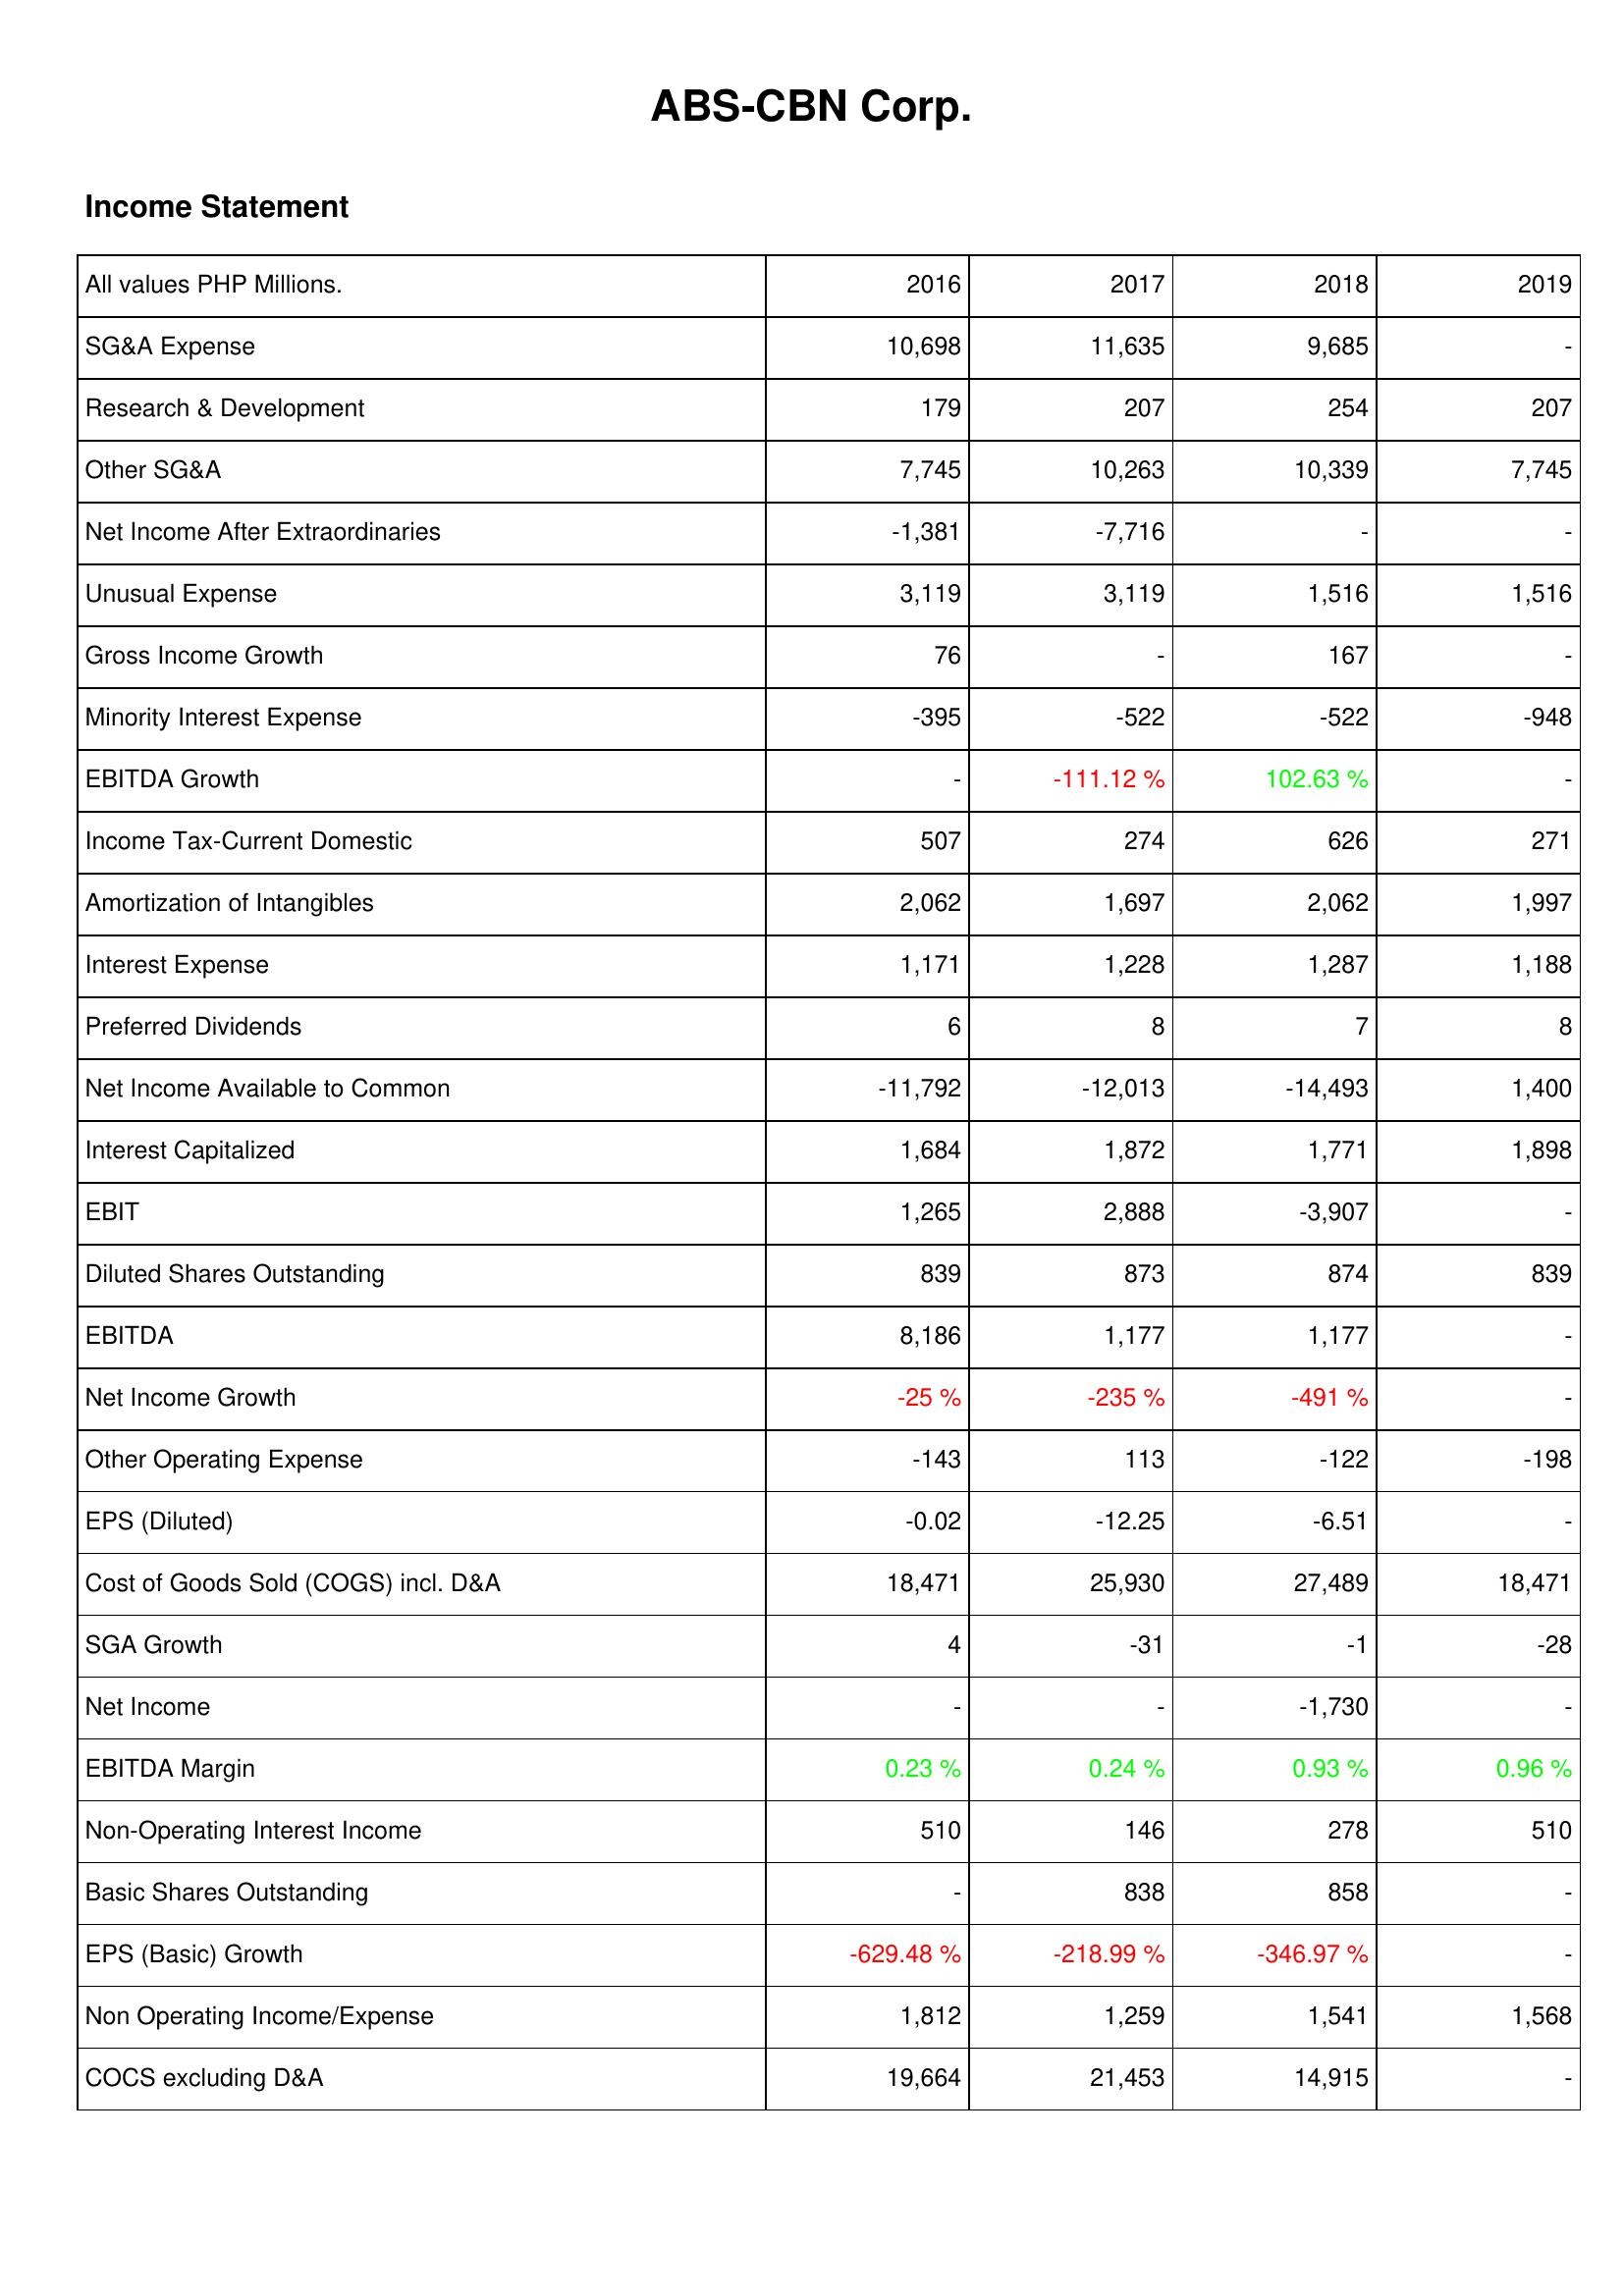
2016: Income Statement: SG&A Expense: 10,698
Research & Development: 179
Other SG&A: 7,745
Net Income After Extraordinaries: -1,381
Unusual Expense: 3,119
Gross Income Growth: 76
Minority Interest Expense: -395
EBITDA Growth: -
Income Tax-Current Domestic: 507
Amortization of Intangibles: 2,062
Interest Expense: 1,171
Preferred Dividends: 6
Net Income Available to Common: -11,792
Interest Capitalized: 1,684
EBIT: 1,265
Diluted Shares Outstanding: 839
EBITDA: 8,186
Net Income Growth: -25 %
Other Operating Expense: -143
EPS (Diluted): -0.02
Cost of Goods Sold (COGS) incl. D&A: 18,471
SGA Growth: 4
Net Income: -
EBITDA Margin: 0.23 %
Non-Operating Interest Income: 510
Basic Shares Outstanding: -
EPS (Basic) Growth: -629.48 %
Non Operating Income/Expense: 1,812
COCS excluding D&A: 19,664
2017: Income Statement: SG&A Expense: 11,635
Research & Development: 207
Other SG&A: 10,263
Net Income After Extraordinaries: -7,716
Unusual Expense: 3,119
Gross Income Growth: -
Minority Interest Expense: -522
EBITDA Growth: -111.12 %
Income Tax-Current Domestic: 274
Amortization of Intangibles: 1,697
Interest Expense: 1,228
Preferred Dividends: 8
Net Income Available to Common: -12,013
Interest Capitalized: 1,872
EBIT: 2,888
Diluted Shares Outstanding: 873
EBITDA: 1,177
Net Income Growth: -235 %
Other Operating Expense: 113
EPS (Diluted): -12.25
Cost of Goods Sold (COGS) incl. D&A: 25,930
SGA Growth: -31
Net Income: -
EBITDA Margin: 0.24 %
Non-Operating Interest Income: 146
Basic Shares Outstanding: 838
EPS (Basic) Growth: -218.99 %
Non Operating Income/Expense: 1,259
COCS excluding D&A: 21,453
2018: Income Statement: SG&A Expense: 9,685
Research & Development: 254
Other SG&A: 10,339
Net Income After Extraordinaries: -
Unusual Expense: 1,516
Gross Income Growth: 167
Minority Interest Expense: -522
EBITDA Growth: 102.63 %
Income Tax-Current Domestic: 626
Amortization of Intangibles: 2,062
Interest Expense: 1,287
Preferred Dividends: 7
Net Income Available to Common: -14,493
Interest Capitalized: 1,771
EBIT: -3,907
Diluted Shares Outstanding: 874
EBITDA: 1,177
Net Income Growth: -491 %
Other Operating Expense: -122
EPS (Diluted): -6.51
Cost of Goods Sold (COGS) incl. D&A: 27,489
SGA Growth: -1
Net Income: -1,730
EBITDA Margin: 0.93 %
Non-Operating Interest Income: 278
Basic Shares Outstanding: 858
EPS (Basic) Growth: -346.97 %
Non Operating Income/Expense: 1,541
COCS excluding D&A: 14,915
2019: Income Statement: SG&A Expense: -
Research & Development: 207
Other SG&A: 7,745
Net Income After Extraordinaries: -
Unusual Expense: 1,516
Gross Income Growth: -
Minority Interest Expense: -948
EBITDA Growth: -
Income Tax-Current Domestic: 271
Amortization of Intangibles: 1,997
Interest Expense: 1,188
Preferred Dividends: 8
Net Income Available to Common: 1,400
Interest Capitalized: 1,898
EBIT: -
Diluted Shares Outstanding: 839
EBITDA: -
Net Income Growth: -
Other Operating Expense: -198
EPS (Diluted): -
Cost of Goods Sold (COGS) incl. D&A: 18,471
SGA Growth: -28
Net Income: -
EBITDA Margin: 0.96 %
Non-Operating Interest Income: 510
Basic Shares Outstanding: -
EPS (Basic) Growth: -
Non Operating Income/Expense: 1,568
COCS excluding D&A: -